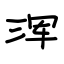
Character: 浑